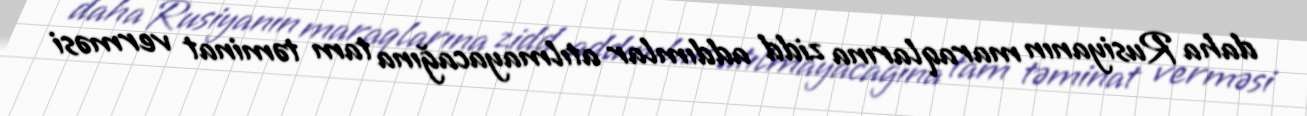
daha Rusiyanın maraqlarına zidd addımlar atılmayacağına tam təminat verməsi